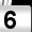
Digit: 6